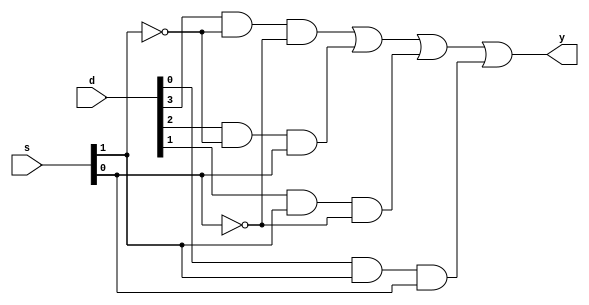
`timescale 1ns / 1ps
module mux_4x1(d,s,y);
input [3:0]d;
input [1:0]s;
output y;
wire w1,w2,w3,w4;
assign w1=d[3]&(~s[1])&(~s[0]);
assign w2=d[2]&(~s[1])&s[0];
assign w3=d[1]&s[1]&(~s[0]);
assign w4=d[0]&s[1]&s[0];
assign y=w1|w2|w3|w4;
endmodule